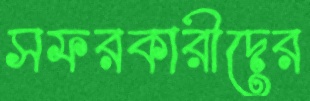
সফরকারীদের